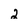
Character: 2